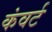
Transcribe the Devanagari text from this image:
कंवर्ट